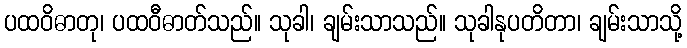
ပထဝိဓာတု၊ ပထဝီဓာတ်သည်။ သုခါ၊ ချမ်းသာသည်။ သုခါနုပတိတာ၊ ချမ်းသာသို့